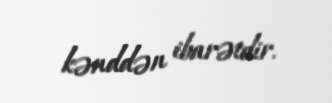
kənddən ibarətdir.